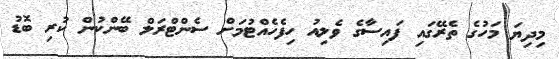
މިދިޔަ މަހުގެ ތެރޭގައި ފައިސާގެ ވެލިއު ހިފެހެއްޓުމަށް ސެންޓްރަލް ބޭންކުން ކުރި ބޮޑު